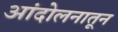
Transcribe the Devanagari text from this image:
आंदोलनातून